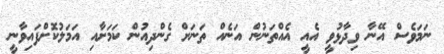
ނަމަވެސް އޭނާ ވިދާޅުވީ އެއީ އެއްތަނުން އަނެއް ތަނަށް ގެންދިއުން ކަމަށާއި އަމަލުކޮށްފައިވާނީ